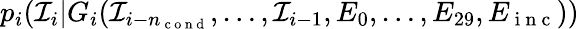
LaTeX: p_{i}({\mathcal I}_{i}|G_{i}({\mathcal I}_{i-n_{\mathrm{~c~o~n~d~}}},\dots,{\mathcal I}_{i-1},E_{0},\dots,E_{29},E_{\mathrm{~i~n~c~}}))